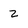
Character: 2